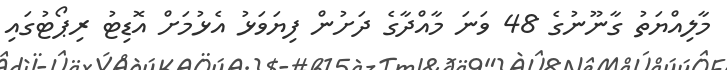
މާލިއްޔަތު ގާނޫނުގެ 48 ވަނަ މާއްދާގެ ދަށުން ފިޔަވަޅު އެޅުމަށް އޮޑިޓު ރިޕޯޓުގައި